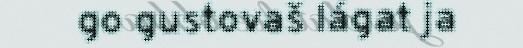
go gustovaš lágat ja